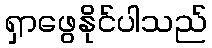
ရှာဖွေနိုင်ပါသည်